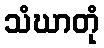
သံဃာတုံ